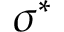
\sigma ^ { * }